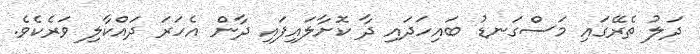
ދަލު ތެރޭގައި މަސްގަނޑު ބައިހަދައި ދާ ކޮށާލައިފައި ދާން އެހަރަ ދައްކާލި ވަރެކެވެ.